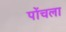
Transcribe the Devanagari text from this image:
पोंचला